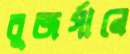
বুজর্গানে